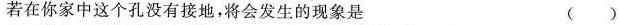
若在你家中这个孔没有接地，将会发生的现象是 ( )